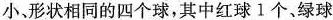
小，形状相同的四个球，其中红球1个、绿球